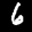
Label: 6